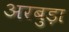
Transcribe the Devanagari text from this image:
अरबुड़ा